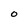
Character: O